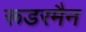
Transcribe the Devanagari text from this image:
रूडरमैन